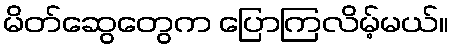
မိတ်ဆွေတွေက ပြောကြလိမ့်မယ်။